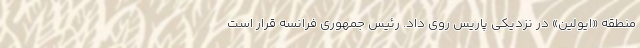
منطقه «ایولین» در نزدیکی پاریس روی داد. رئیس جمهوری فرانسه قرار است